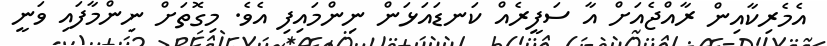
އެމެރިކާއިން ރާއްޖެއަށް އާ ސަފީރެއް ކަނޑައަޅަން ނިންމައިފި އެވެ. މިގޮތަށް ނިންމާފައި ވަނީ